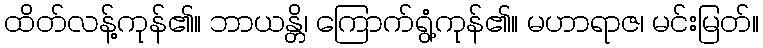
ထိတ်လန့်ကုန်၏။ ဘာယန္တိ၊ ကြောက်ရွံ့ကုန်၏။ မဟာရာဇ၊ မင်းမြတ်။